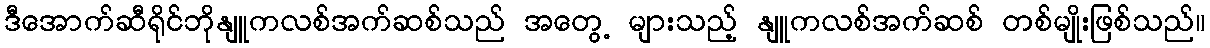
ဒီအောက်ဆီရိုင်ဘိုနျူကလစ်အက်ဆစ်သည် အတွေ့ များသည့် နျူကလစ်အက်ဆစ် တစ်မျိုးဖြစ်သည်။